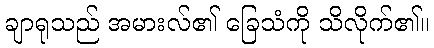
ချာရုသည် အမားလ်၏ ခြေသံကို သိလိုက်၏။